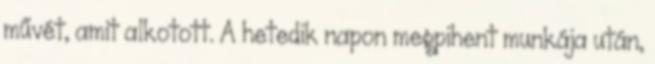
művét, amit alkotott. A hetedik napon megpihent munkája után,